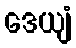
ဒေယျံ